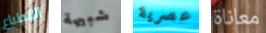
الإنطباع شبيهة عصرية معاناة